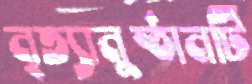
নৃত্যানুষ্ঠানটি